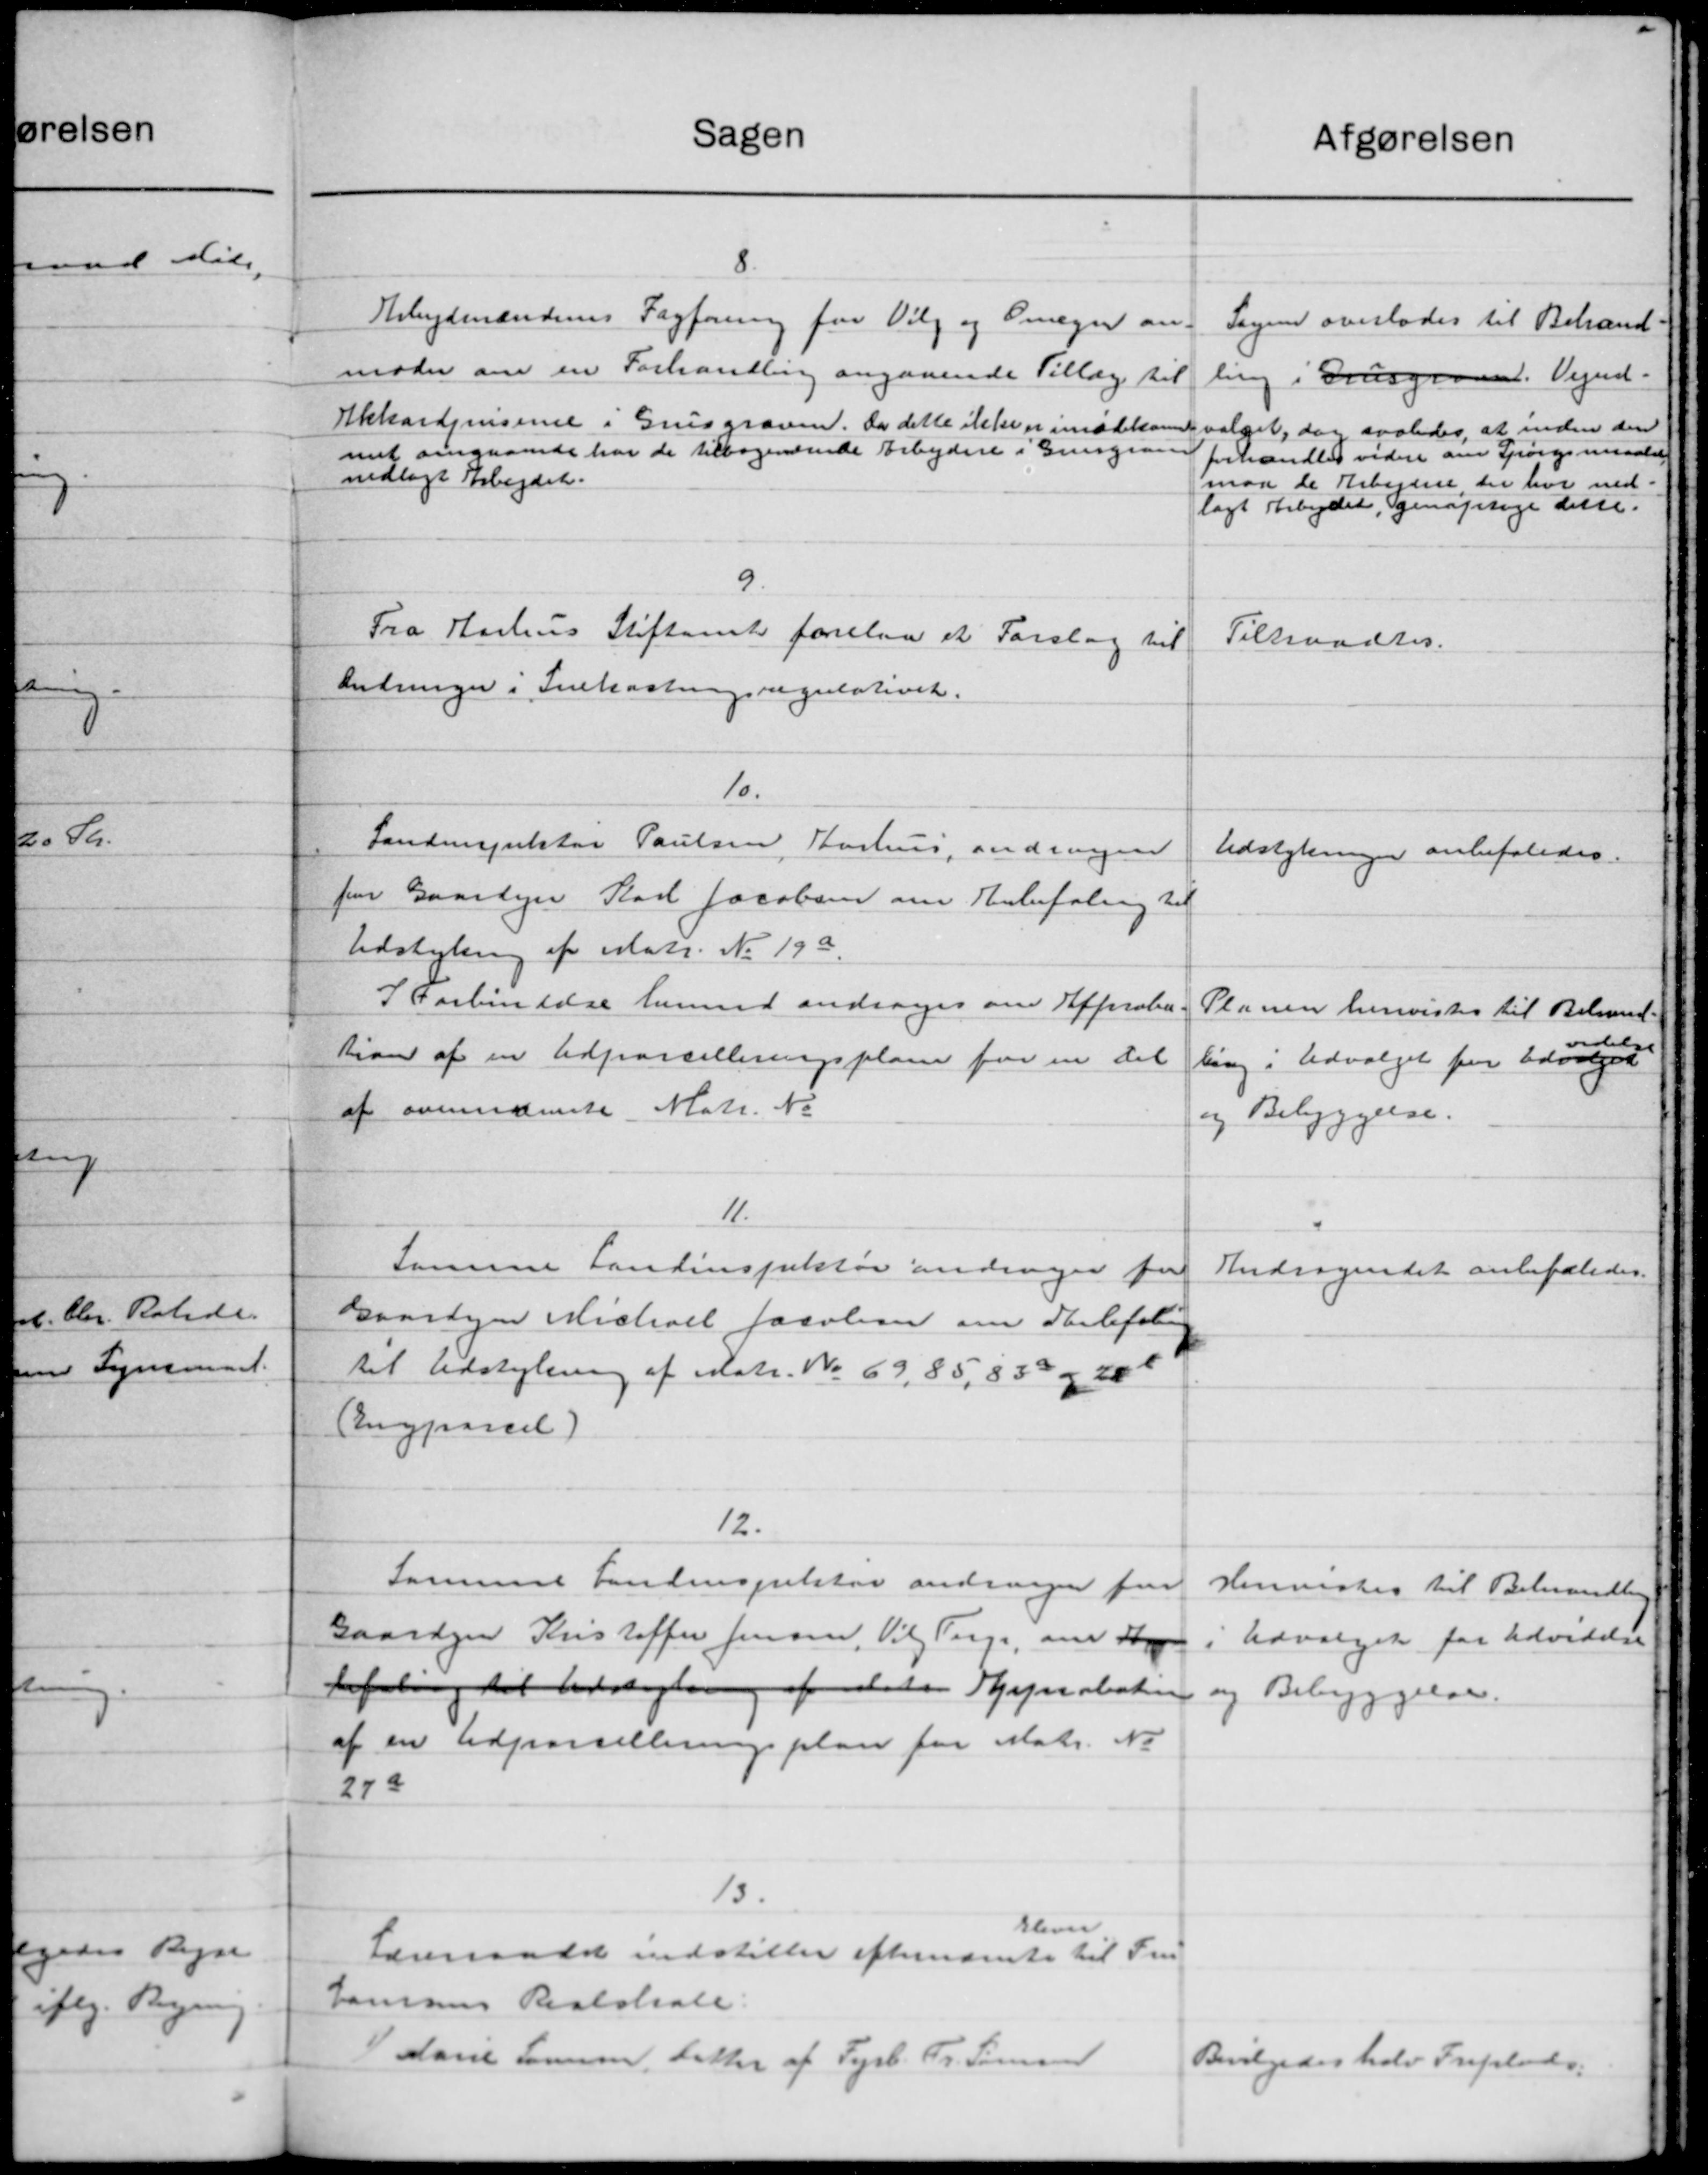
Transskription:
Sagen
afgørelsen
8.
Arbejdsmændenes Fagforening fra Valg og Omegn an-
Sagen overlodes til Behand-
moder om en Forhandling angaaende Tillæg til
ling i Grusgraven. Vejud-
Akkordenserne i Grusgraven. Da dette ikke er imødekomstsvalget, dog saaledes, at inden den
met angaaende har de tilbagendende Arbejdere i Grusgravn
forhandles videre om Spørgsmaalet
nedlagt Arbejdet.
maa de Arbejdere der har ned-
lagt Arbejdet, genoptage dette.
9.
Fra Aarhus Stiftamt forelaa et Forslag til
Tiltraadtes.
Anbringer i Snekastningsregulativet.
10.
Landinspektør Poulsen Aarhus, andrager
Udstykninger anbefaledes.
fo Gaardejer Karl Jacobsen om Anbefaling til
Udstykning af Matr. No 19a.
I Forbindelse hermed andrager om Efferoba-
Planen henvistes til Bebrand-
delse
tion af en Udparcelleringsplane for en del
ling i Udvalget fra Udvalget
af ovennævnte Matr. No
og Bebyggelse.
11.
Samme Landinspektør andrager for
Andragendet anbefaledes.
Gaardejer Michael Jacobsen om anbefaling
til Udstykning af Matr. No 69,85,830 og 200
Angparcel)
12.
Samuel Landinspektør andrager fra
Henvistes til Behandling
Gaardejer Kristoffer Jensen, Vil Torge, om Sta
i Udvalget for Udvidelse
tflig til Udsigten f dele Synaboten
og Bebyggelse.
af en Udparcelleringsplan for Matr. No
279
13.
Elever
Lærerraadet indstiller efternævnte til Fru
Hansens Reslokale
I Marie Larsen, datter af Fyrb. Fr. Sørensen
Bevilgedes halv Friplads.